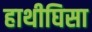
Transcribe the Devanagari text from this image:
हाथीघिसा